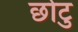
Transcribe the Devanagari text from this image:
छोटु